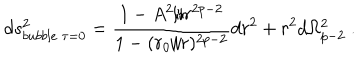
d s _ { b u b b l e \ \tau = 0 } ^ { 2 } = \frac { 1 - A ^ { 2 } / r ^ { 2 p - 2 } } { 1 - ( r _ { 0 } / r ) ^ { 2 p - 2 } } d r ^ { 2 } + r ^ { 2 } d \Omega _ { p - 2 } ^ { 2 } \ .